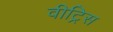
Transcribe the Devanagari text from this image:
वीट्रिस